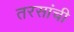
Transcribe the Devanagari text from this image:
तरसांची